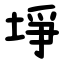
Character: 埩